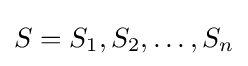
S={S_{1},S_{2},\dots ,S_{n}}